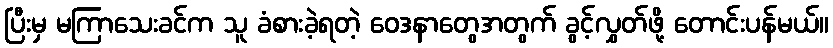
ပြီးမှ မကြာသေးခင်က သူ ခံစားခဲ့ရတဲ့ ဝေဒနာတွေအတွက် ခွင့်လွှတ်ဖို့ တောင်းပန်မယ်။